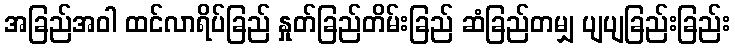
အခြည်အဝါ ထင်လာရိပ်ခြည် နှုတ်ခြည်တိမ်းခြည် ဆံခြည်တမျှ ပျပျခြည်းခြည်း